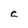
Character: C